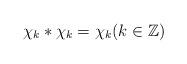
LaTeX: \begin{align*}\chi_k\ast \chi_k=\chi_k (k\in\mathbb{Z})\end{align*}